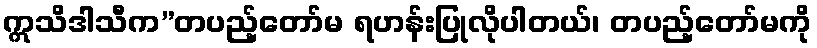
ဣသိဒါသီက”တပည့်တော်မ ရဟန်းပြုလိုပါတယ်၊ တပည့်တော်မကို